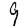
Digit: 9